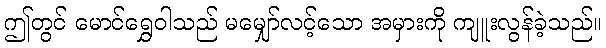
ဤတွင် မောင်ရွှေဝါသည် မမျှော်လင့်သော အမှားကို ကျူးလွန်ခဲ့သည်။